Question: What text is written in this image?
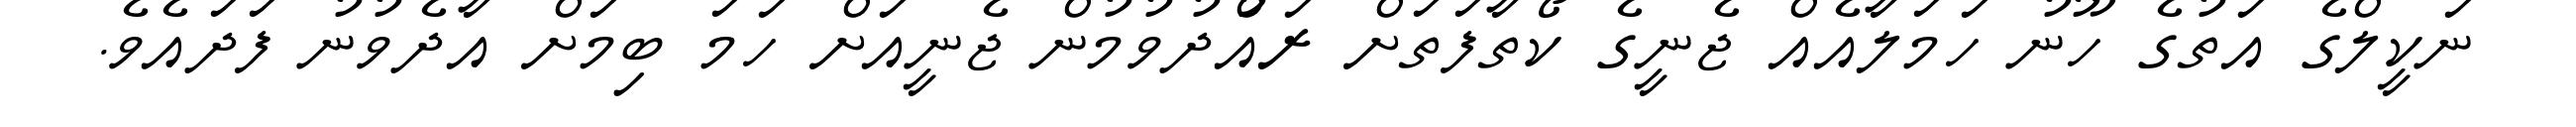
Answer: ނަކީލްގެ އަތުގެ ހޫނު ހަމަލާއެއް ޖެނީގެ ކޯތާފަތަށް ރައްުދުވުމުން ޖެނީއަށް ހަމަ ބިމަށް އާދެވުނު ފަދައެވެ.